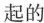
起的